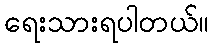
ရေးသားရပါတယ်။